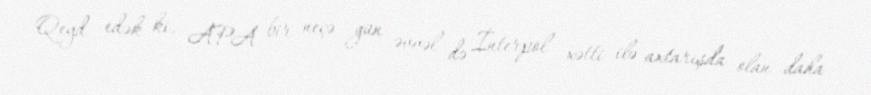
Qeyd edək ki, APA bir neçə gün əvvəl də İnterpol xətti ilə axtarışda olan daha